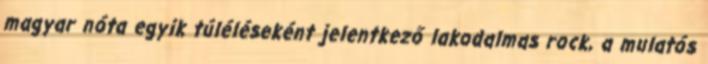
magyar nóta egyik túléléseként jelentkező lakodalmas rock, a mulatós